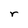
Character: r